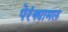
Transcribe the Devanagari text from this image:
पेरंक्यामल